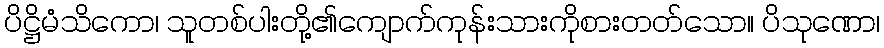
ပိဋ္ဌိမံသိကော၊ သူတစ်ပါးတို့၏ကျောက်ကုန်းသားကိုစားတတ်သော။ ပိသုဏော၊